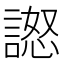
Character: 𧪅